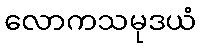
လောကသမုဒယံ